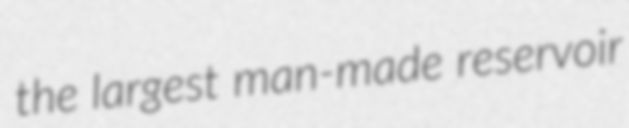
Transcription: the largest man-made reservoir